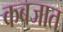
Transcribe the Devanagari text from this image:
कबजात